Indian journal of veterinary science and animal husbandry - Volumes 15-17, 1948-1951
Year: 1948
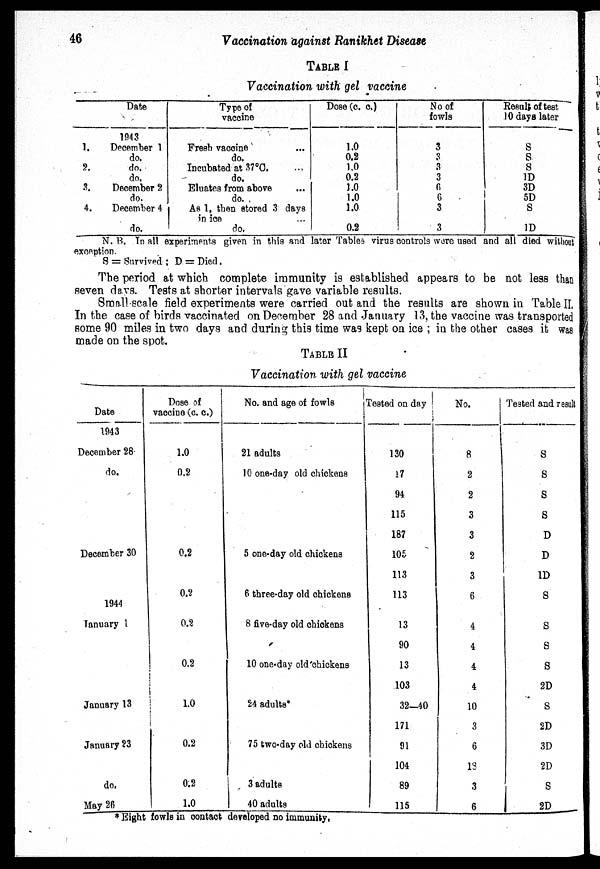
46
Vaccination against Ranikhet Disease
TABLE I
Vaccination with gel vaccine
1.
2.
3.
4.
Date
1943
December 1
do.
do.
do.
December 2
do.
December 4
do.
Type of
vaccine
Fresh vaccine ...
do.
Incubated at 37°C. ...
do.
Eluates from above ...
do.
As 1, then stored 3 days
in ice ...
do.
Dose (c. c.)
1.0
0.2
1.0
0.2
1.0
1.0
1.0
0.2
No of
fowls
3
3
3
3
6
6
3
3
Result of test
10 days later
S
S
S
1D
3D
5D
S
1D
N. B. In all experiments given in this and later Tables virus controls were used and all died without
exception.
S = Survived ; D = Died.
The period at which complete immunity is established appears to be not less than
seven days. Tests at shorter intervals gave variable results.
Small scale field experiments were carried out and the results are shown in Table II.
In the case of birds vaccinated on December 28 and January 13, the vaccine was transported
some 90 miles in two days and during this time was kept on ice ; in the other cases it was
made on the spot.
TABLE II
Vaccination with gel vaccine
Date
1943
December 28
do.
December 30
1944
January 1
January 13
January 23
do.
May 26
Dose of
vaccine (c. c.)
1.0
0.2
0.2
0.2
0.2
0.2
1.0
0.2
0.2
1.0
No. and age of fowls
21 adults
10 one-day old chickens
5 one-day old chickens
6 three-day old chickens
8 five-day old chickens
10 one-day old chickens
24 adults*
75 two-day old chickens
3 adults
40 adults
Tested on day
130
17
94
115
187
105
113
113
13
90
13
103
32—40
171
91
104
89
115
No.
8
2
2
3
3
2
3
6
4
4
4
4
10
3
6
13
3
6
Tested and result
S
S
S
S
D
D
1D
S
S
S
S
2D
S
2D
3D
2D
S
2D
* Eight fowls in contact developed no immunity,